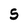
Character: S